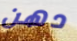
دهن